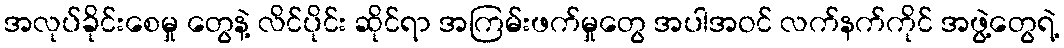
အလုပ်ခိုင်းစေမှု တွေနဲ့ လိင်ပိုင်း ဆိုင်ရာ အကြမ်းဖက်မှုတွေ အပါအဝင် လက်နက်ကိုင် အဖွဲ့တွေရဲ့